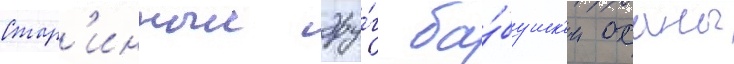
Стар'инныи дру́г ба́бушк'и оханы